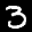
Label: 3